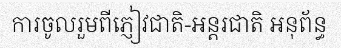
ការចូលរួមពីភ្ញៀវជាតិ-អន្តរជាតិ អនុព័ន្ធ